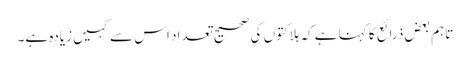
تاہم بعض ذرائع کا کہنا ہے کہ ہلاکتوں کی صحیح تعداد اس سے کہیں زیادہ ہے۔